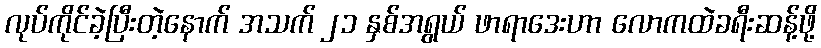
လုပ်ကိုင်ခဲ့ပြီးတဲ့နောက် အသက် ၂၁ နှစ်အရွယ် ဖာရာဒေးဟာ လောကထဲခရီးဆန့်ဖို့